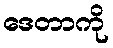
ဒေတာကို